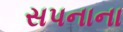
સપનાના